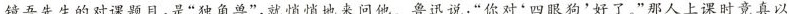
镜吾先生的对课题目,是“独角兽”,就悄悄地来问他。鲁迅说:“你对“四眼狗’好了。”那人上课时竟真以